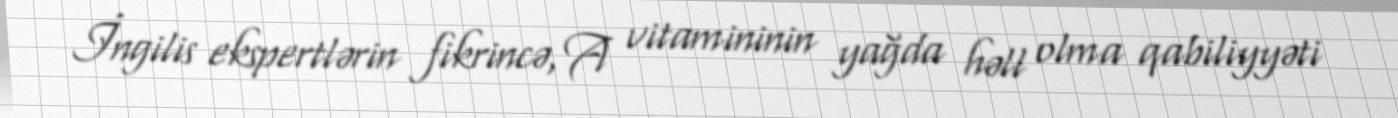
İngilis ekspertlərin fikrincə, A vitamininin yağda həll olma qabiliyyəti